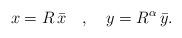
LaTeX: \begin{align*}x=R\,\bar{x}\quad ,\quad y=R^\alpha\,\bar{y} . \end{align*}